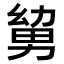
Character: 𭄹